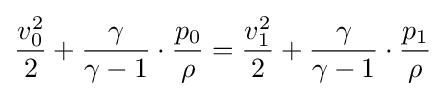
{\frac {v_{0}^{2}}{2}}+{\frac {\gamma }{\gamma -1}}\cdot {\frac {p_{0}}{\rho }}={\frac {v_{1}^{2}}{2}}+{\frac {\gamma }{\gamma -1}}\cdot {\frac {p_{1}}{\rho }}